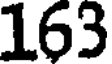
163